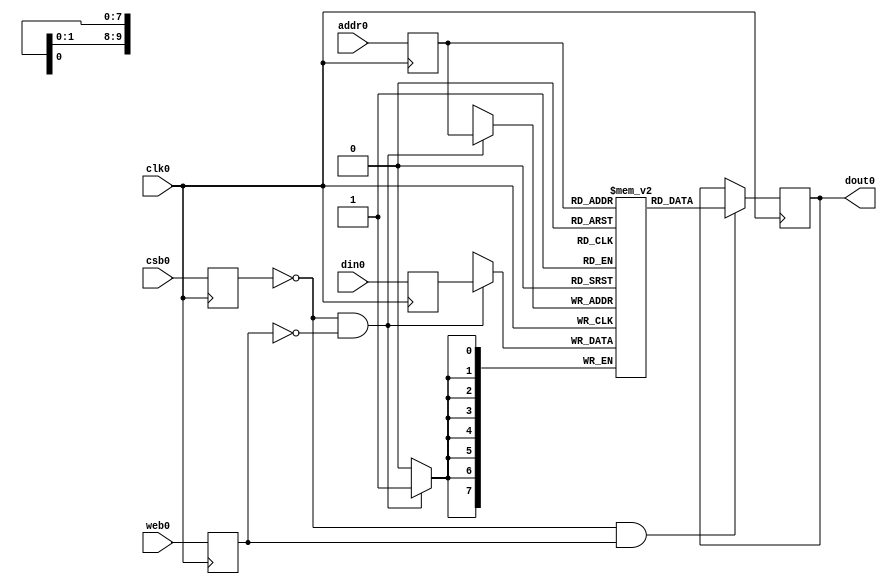
module gf180_sram_8x1024(
`ifdef USE_POWER_PINS
    vdd,
    gnd,
`endif
// Port 0: RW
    clk0,csb0,web0,addr0,din0,dout0
  );

  parameter DATA_WIDTH = 8 ;
  parameter ADDR_WIDTH = 10 ;
  parameter RAM_DEPTH = 1 << ADDR_WIDTH;
  // FIXME: This delay is arbitrary.
  parameter VERBOSE = 1 ; //Set to 0 to only display warnings

`ifdef USE_POWER_PINS
    inout vdd;
    inout gnd;
`endif
  input  clk0; // clock
  input   csb0; // active low chip select
  input  web0; // active low write control
  input [ADDR_WIDTH-1:0]  addr0;
  input [DATA_WIDTH-1:0]  din0;
  output [DATA_WIDTH-1:0] dout0;

  reg [DATA_WIDTH-1:0]    mem [0:RAM_DEPTH-1];

  reg  csb0_reg;
  reg  web0_reg;
  reg [ADDR_WIDTH-1:0]  addr0_reg;
  reg [DATA_WIDTH-1:0]  din0_reg;
  reg [DATA_WIDTH-1:0]  dout0;

  // All inputs are registers
  always @(posedge clk0)
  begin
    csb0_reg <= csb0;
    web0_reg <= web0;
    addr0_reg <= addr0;
    din0_reg <= din0;
    //dout0 <= 8'bx;
    if ( !csb0_reg && web0_reg && VERBOSE )
      $display($time," Reading %m addr0=%b dout0=%b",addr0_reg,mem[addr0_reg]);
    if ( !csb0_reg && !web0_reg && VERBOSE )
      $display($time," Writing %m addr0=%b din0=%b",addr0_reg,din0_reg);
  end


  // Memory Write Block Port 0
  // Write Operation : When web0 = 0, csb0 = 0
  always @ (negedge clk0)
  begin : MEM_WRITE0
    if ( !csb0_reg && !web0_reg ) begin
        mem[addr0_reg][7:0] <= din0_reg[7:0];
    end
  end

  // Memory Read Block Port 0
  // Read Operation : When web0 = 1, csb0 = 0
  always @ (negedge clk0)
  begin : MEM_READ0
    if (!csb0_reg && web0_reg)
       dout0 <= mem[addr0_reg];
  end

endmodule